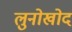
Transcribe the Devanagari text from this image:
लुनोखोद